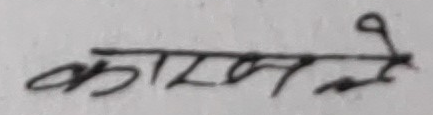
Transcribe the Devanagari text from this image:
कारण ले